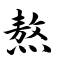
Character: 熬